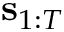
\mathbf { s } _ { 1 : T }